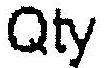
QTY